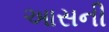
આસની